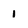
Character: 1